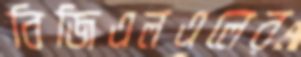
বিজিএলএলের